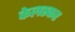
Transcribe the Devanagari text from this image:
केलस्कर